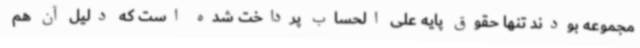
مجموعه بودند تنها حقوق پایه علی الحساب پرداخت شده است که دلیل آن هم